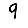
Digit: 9